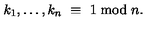
k _ { 1 } , \ldots , k _ { n } \ \equiv \ 1 \bmod n .